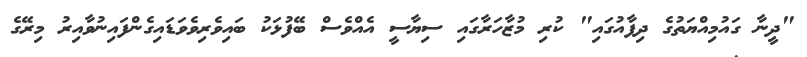
"ދީނާ ގައުމިއްޔަތުގެ ދިފާއުގައި" ކުރި މުޒާހަރާގައި ސިޔާސީ އެއްވެސް ބޭފުޅަކު ބައިވެރިވެވަޑައިގެންފައިނުވާއިރު މިރޭގެ